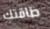
طاقتك